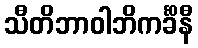
သီတိဘာဝါဘိကင်္ခိနီ